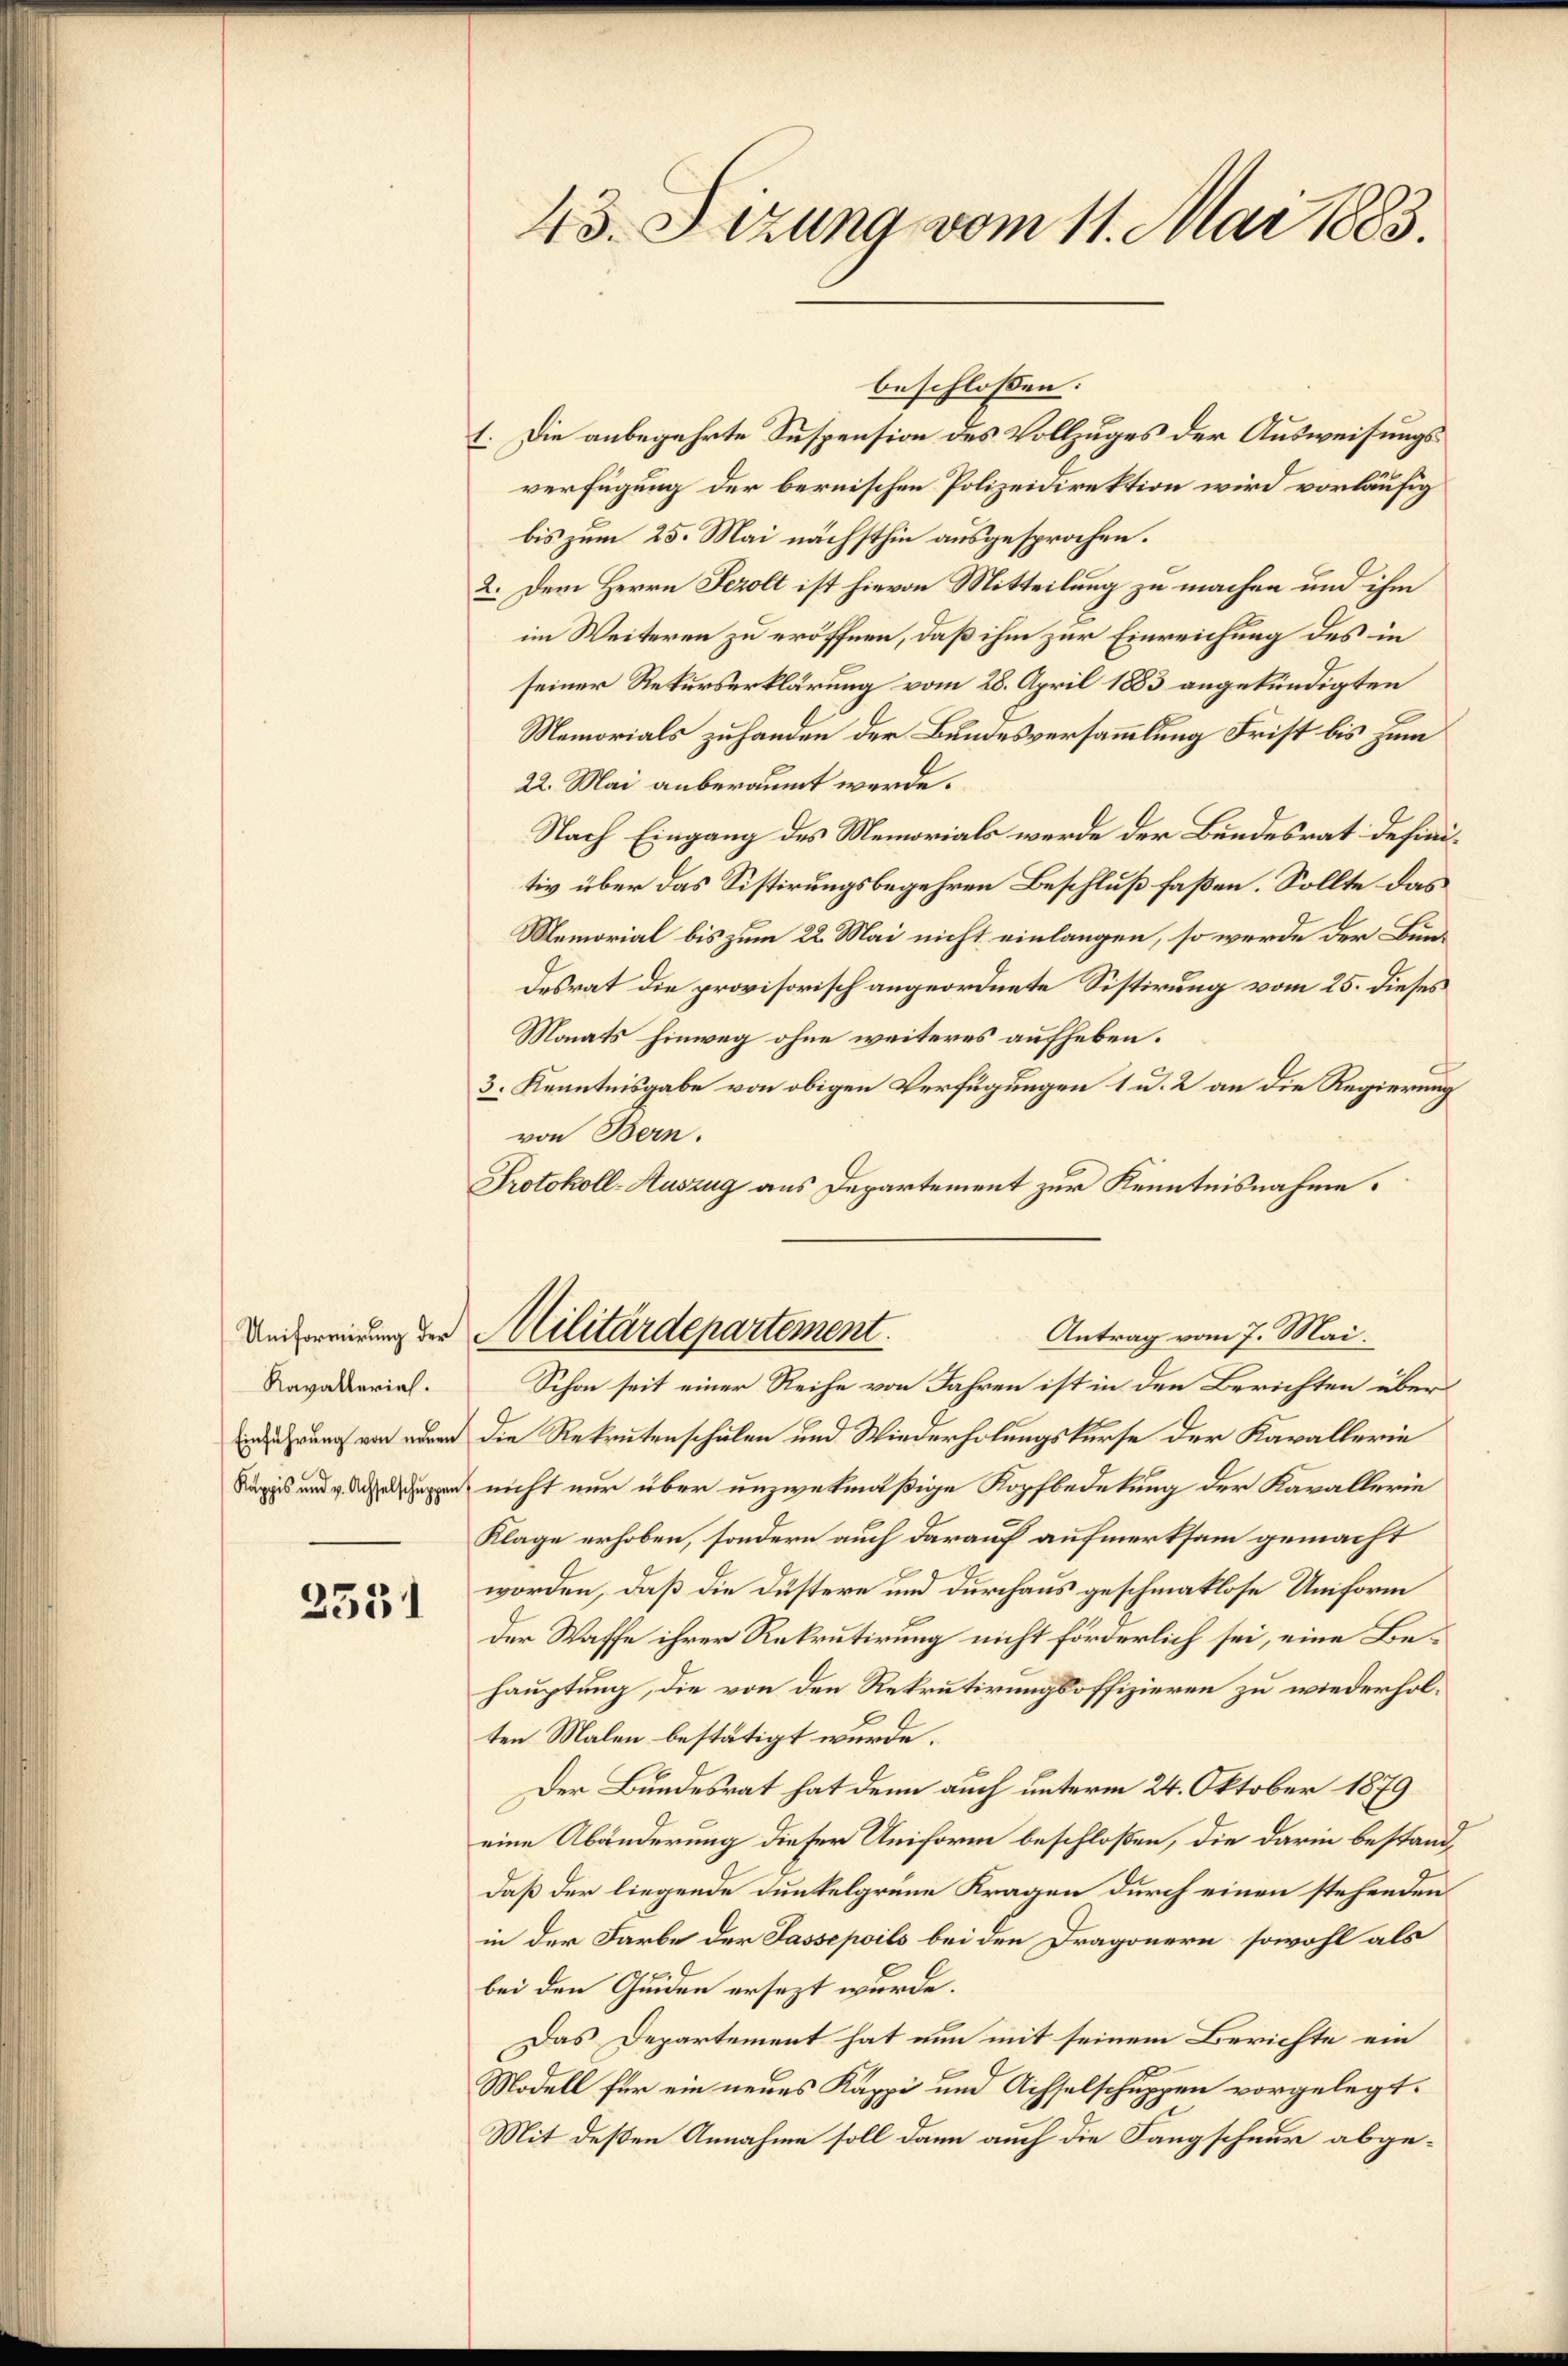
Uniformirung der
Kavallerieh.

3531

45. Sizung vom 11. Mai 1883.

1. Die anbegehrte Suspension des Vollzuges der Ausweisungsverfügung der bernischen Polizeidirektion wird vorläufig
bis zum 25. Mai nächsthin ausgesprochen.
2. Dem Herrn Fezolt ist hievon Mitteilung zu machen und ihm
im Weiteren zu eröffnen, daß ihm zur Einreichung des in
seiner Rekurserklärung vom 28. April 1883 angekündigten
Memorials zuhanden der Bundesversammlung Frist bis zum
22. Mai anberaumt werde.
Nach Eingang des Memorials werde der Bundesrat definitiv über das Sistirungsbegehren Beschluß faßen. Sollte das
Memorial bis zum 22. Mai nicht einlangen, so werde der Bundesrat die provisorisch angeordnete Sistirung vom 25. dieses
Monats hinweg ohne weiteres aufheben.
3. Kenntnisgabe von obigen Verfügungen 1 u. 2 an die Regierung
von Bern.
Protokoll-Auszug aus Departement zur Kenntnisnahme.
Militärdepartement.
Antrag vom 7. Mai.
Schon seit einer Reihe von Jahren ist in den Berichten über¬
 oder die Rekrutenschulen und Wiederholungskurse der Kavallerie
psen nicht nur über unzwekmäßige Kopfbedekung der Kavallerie
Klage erhoben, sondern auch darauf aufmerksam gemacht
worden, daß die düstere und durchaus geschmatlose Uniform
der Waffe ihrer Rekrutirung nicht förderlich sei, eine Behauptung, die von den Rekrutirungsoffizieren zu wiederholten Malen bestätigt wurde.
Der Bundesrat hat denn auch unterm 24. Oktober 1879
eine Abänderung dieser Uniform beschloßen, die darin bestanddaß der liegende Dunkelgrüne Kragen durch einen stehenden
in der Farbe der Sassepoils bei den Dragonern, sowohl als
.
bei den Gunden ersezt wurde.
Das Departement hat nun mit seinem Berichte ein
Modell für ein neues Kappi und Achselschuppen vorgelegt.
Mit deßen Annahme soll dann auch die Langschnur abge¬

beschlossen: